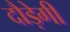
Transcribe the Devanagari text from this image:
दौड़ेगी